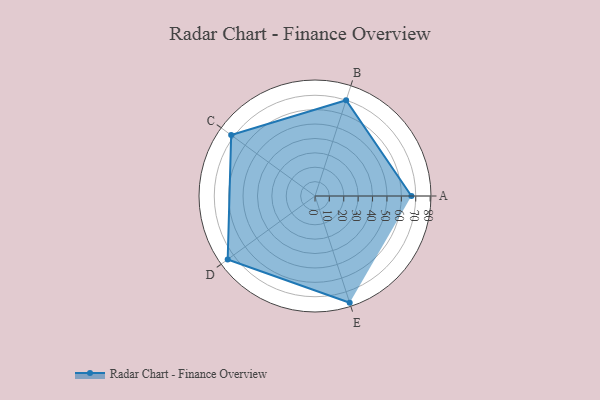
{"axis": {"x": "Skill", "y": "Score"}, "legend": ["Profile"], "data": [{"x": "A", "y": 67.0, "type": "Profile"}, {"x": "B", "y": 70.0, "type": "Profile"}, {"x": "C", "y": 72.0, "type": "Profile"}, {"x": "D", "y": 75.0, "type": "Profile"}, {"x": "E", "y": 78.0, "type": "Profile"}]}